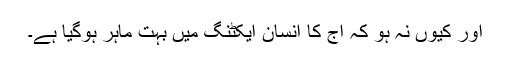
اور کیوں نہ ہو کہ آج کا انسان ایکٹنگ میں بہت ماہر ہوگیا ہے۔